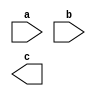
module andgate(a,b,c);
input a, b;
 output c;
 //andgate and(a,b,c);


endmodule



module and_gate;
reg a, b;
 wire d; 
 
 
 
 initial begin
 $dumpfile("and_gate.vcd");
 $dumpvars(0,and_gate);
 a = 0; b = 0;
 #10

 a = 0; b = 1;
 #10
 a = 1; b = 0;
 #10
 a = 1; b = 1;
 end
endmodule